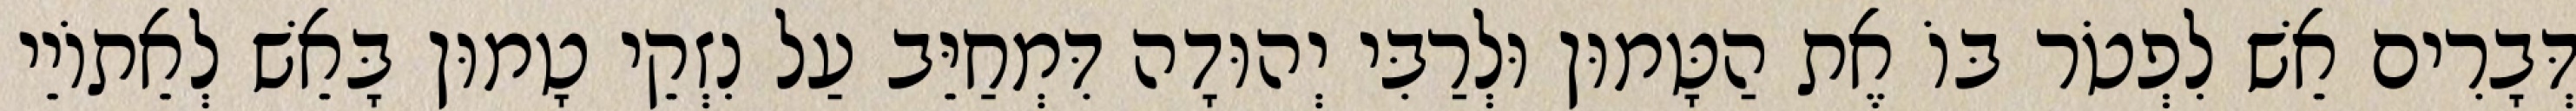
דְּבָרִים אֵשׁ לִפְטֹר בּוֹ אֶת הַטָּמוּן וּלְרַבִּי יְהוּדָה דִּמְחַיֵּב עַל נִזְקֵי טָמוּן בָּאֵשׁ לְאֵתוֹיֵי